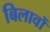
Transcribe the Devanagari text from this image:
बिलावों